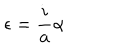
\epsilon = \frac { i } { a } \alpha